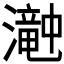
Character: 𤁘